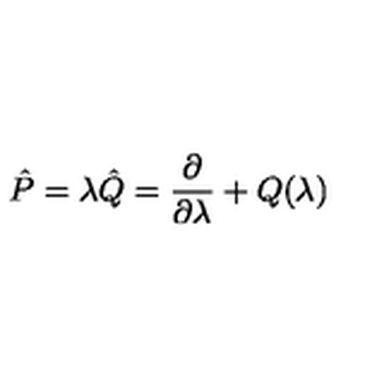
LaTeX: \hat { P } = \lambda \hat { Q } = { \frac { \partial } { \partial \lambda } } + Q ( \lambda )